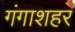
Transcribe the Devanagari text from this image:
गंगाशहर